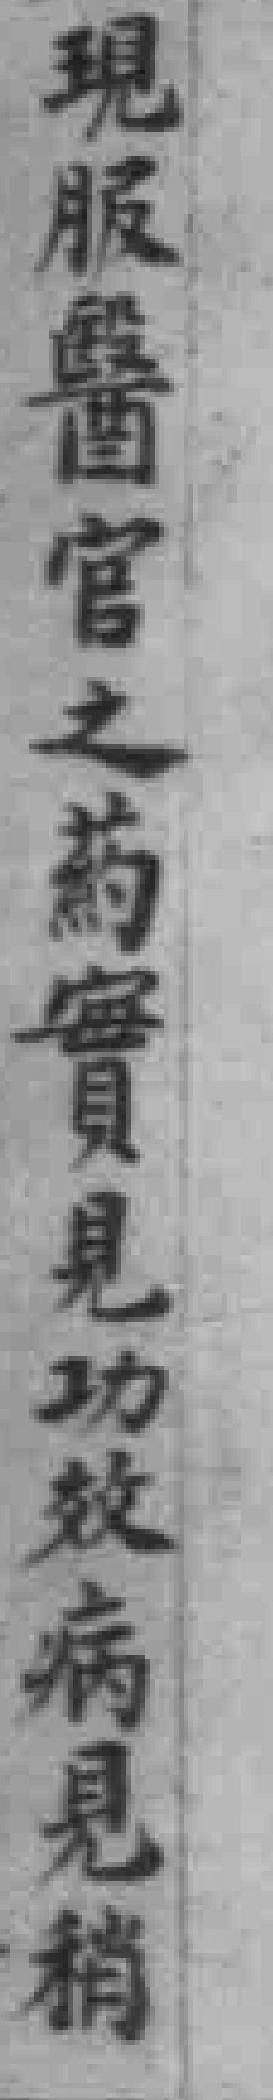
現服醫官之藥實見功效病見稍